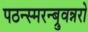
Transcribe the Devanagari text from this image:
पठन्स्मरन्ब्रुवन्नरो